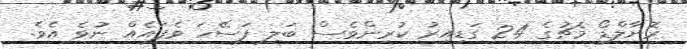
ރޮނާލްޑޯ މެޗުގެ 24 ގަޑިއިރު ކުރިންވެސް ބަލި ފަސޭހަ ވެފައެއް ނުވެ އެވެ.